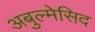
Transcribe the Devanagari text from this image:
अबुल्मेसिद